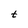
Character: t